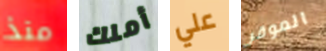
منذ أملك علي الموقر